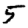
Digit: 5